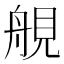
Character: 䚀